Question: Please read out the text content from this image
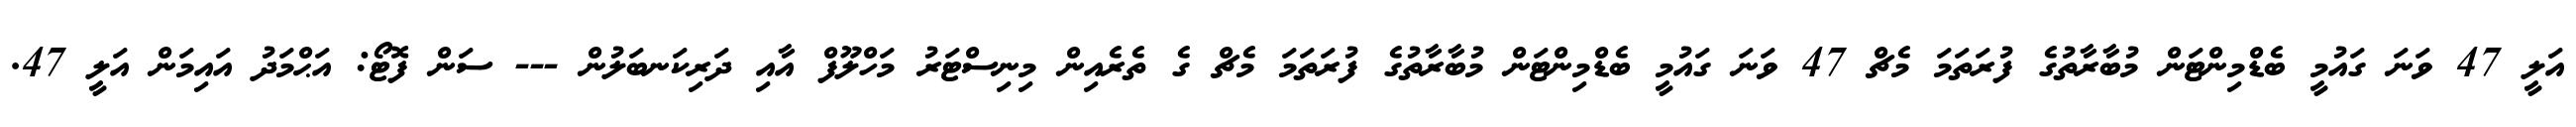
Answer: އަލީ 47 ވަނަ ގައުމީ ބެޑްމިންޓަން މުބާރާތުގެ ފުރަތަމަ މެޗް 47 ވަނަ ގައުމީ ބެޑްމިންޓަން މުބާރާތުގެ ފުރަތަމަ މެޗް ގެ ތެރެއިން މިނިސްޓަރު މަހްލޫފް އާއި ދަރިކަނބަލުން --- ސަން ފޮޓޯ: އަޙްމަދު އައިމަން އަލީ 47.